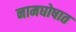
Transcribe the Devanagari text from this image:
नामघोषात